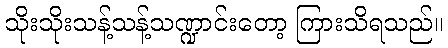
သိုးသိုးသန့်သန့်သဏ္ဍာင်းတော့ ကြားသိရသည်။